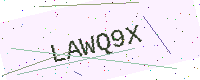
Text: LAWQ9X